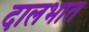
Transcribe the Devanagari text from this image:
दालभात